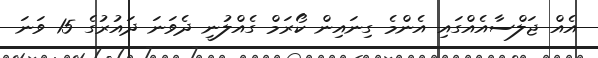
އެއް ޖަލްސާއެއްގައި އެންމެ ގިނައިން ކޯރަމް ގެއްލުނީ ދެވަނަ ދައުރުގެ 15 ވަނަ